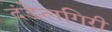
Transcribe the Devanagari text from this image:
दंडेलगिरी